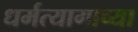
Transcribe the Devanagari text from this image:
धर्मत्यागाच्या